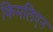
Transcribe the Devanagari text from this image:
किमलिएन